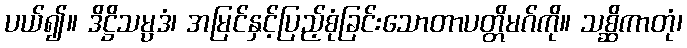
ပယ်၍။ ဒိဋ္ဌိသမ္ပဒံ၊ အမြင်နှင့်ပြည့်စုံခြင်းသောတာပတ္တိမဂ်ကို။ သစ္ဆိကာတုံ၊